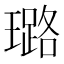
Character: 璐